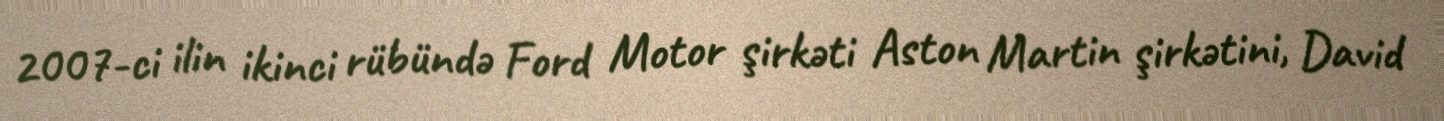
2007-ci ilin ikinci rübündə Ford Motor şirkəti Aston Martin şirkətini, David